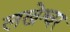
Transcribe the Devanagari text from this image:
लखेश्वर